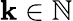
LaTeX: \mathbf{k}\in\mathbb{N}